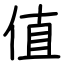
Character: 值